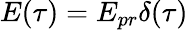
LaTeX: E(\tau)=E_{pr}\delta(\tau)